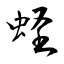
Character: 蛏